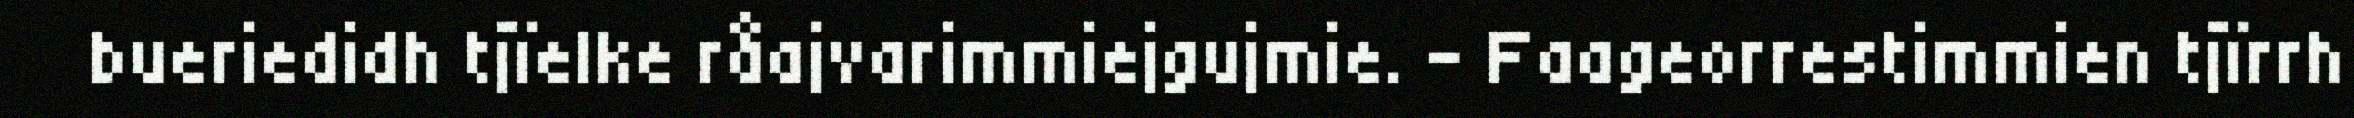
bueriedidh tjïelke råajvarimmiejgujmie. – Faageorrestimmien tjïrrh